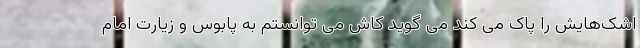
اشک‌هایش را پاک می کند می گوید کاش می توانستم به پابوس و زیارت امام